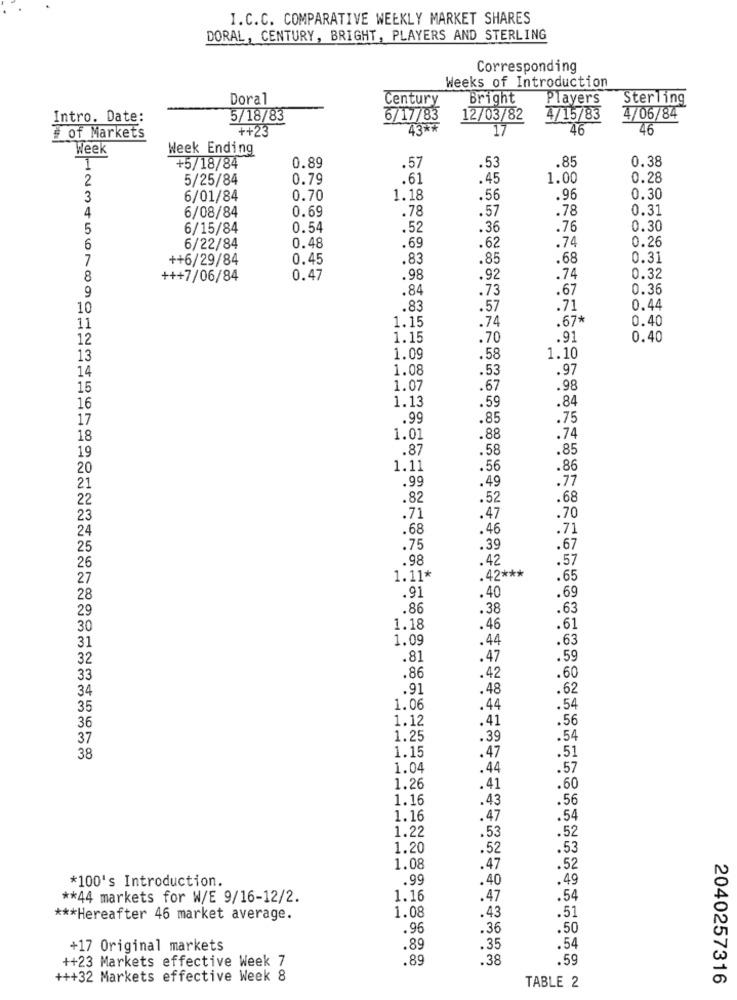
I.C.C. COMPARATIVE WEEKLY MARKET SHARES
DORAL, CENTURY, BRIGHT, PLAYERS AND STERLING
Corresponding
Weeks of Introduction
Doral
Century
Bright
Players
Sterling
Intro. Date:
5/18/83
6/17/83
12/03/82
4/15/83
4/06/84
43 **
17
46
46
# of Markets
++23
Week
Week Ending
.85
0.38
1
+5/18/84
0.89
.57
.53
2
5/25/84
0.79
.61
.45
1.00
0.28
3
6/01/84
0.70
1.18
.56
.96
0.30
4
0.69
.78
.57
.78
0.31
6/08/84
5
6/15/84
0.54
.52
.36
.76
0.30
0.48
0.26
6
6/22/84
.69
.62
.74
7
++6/29/84
0.45
.83
.85
.68
0.31
8
+++7/06/84
0.47
.98
.92
.74
0.32
.84
.73
.67
0.36
9
10
.83
.57
.71
0.44
1.15
.74
.67*
0.40
11
12
1.15
.70
.91
0.40
13
1.09
.58
1.10
1.08
.53
.97
14
15
1.07
.67
98
.84
16
1.13
.59
17
.99
.85
.75
18
1.01
.88
.74
19
.87
.58
.85
20
1.11
.56
.86
21
.99
.49
.77
22
.82
.52
.68
23
.71
.47
.70
24
.68
.46
.71
25
.75
.39
.67
.98
.42
.57
26
27
1.11*
42 ***
.65
.69
28
.91
.40
29
.86
.38
.63
30
1.18
.46
.61
31
1.09
.44
.63
32
.81
.47
.59
.86
33
.42
.60
34
.91
.48
.62
35
1.06
.44
.54
1.12
.41
.56
36
37
1.25
.39
.54
1.15
38
.47
.51
1.04
.44
.57
1.26
.41
.60
1.16
.43
.56
1.16
.47
.54
1.22
.53
.52
1.20
.52
.53
1.08
.47
.52
.99
.40
.49
*100's Introduction.
** 44 markets for W/E 9/16-12/2.
1.16
.47
.54
*** Hereafter 46 market average.
1.08
.43
.51
.96
.36
.50
+17 Original markets
.89
.35
.54
++23 Markets effective Week 7
.89
. 38
.59
+++32 Markets effective Week 8
2040257316
TABLE 2